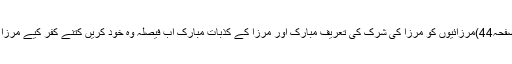
“(آئینہ کمالات اسلام، روحانی خزائن جلد 5 صفحہ44)مرزائیوں کو مرزا کی شرک کی تعریف مبارک اور مرزا کے کذبات مبارک اب فیصلہ وہ خود کریں کتنے کفر کیے مرزا نے اور تو اور کفر کی تعریف میں بھی کفر؟